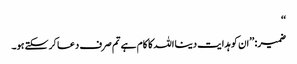
‘‘
ضمیر: ’’ان کو ہدایت دینا اللہ کا کام ہے تم صرف دعا کرسکتے ہو۔